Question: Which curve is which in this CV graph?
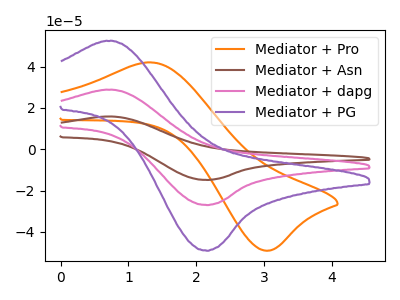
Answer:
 <answer>The orange curve is labeled "Mediator + Pro". The brown curve is labeled "Mediator + Asn". The pink curve is labeled "Mediator + dapg". The purple curve is labeled "Mediator + PG".</answer>
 <eval></eval>